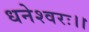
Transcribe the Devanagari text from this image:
धनेश्वरः।।